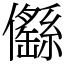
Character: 㒡